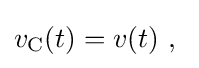
v_{\mathrm {C} }(t)=v(t)\ ,~